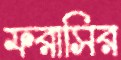
ফরাসির